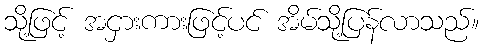
သို့ဖြင့် အငှားကားဖြင့်ပင် အိမ်သို့ပြန်လာသည်။